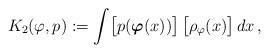
LaTeX: \begin{align*}K_2(\varphi,p):=\int\bigl[p(\boldsymbol\varphi(x))\bigr]\,\bigl[\rho_\varphi(x)\bigr]\,dx\,,\end{align*}